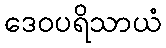
ဒေဝပရိသာယံ